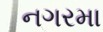
નગરમા